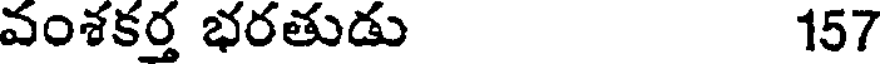
వంశకర్త భరతుడు 157